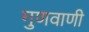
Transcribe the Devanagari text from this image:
गुणवाणी